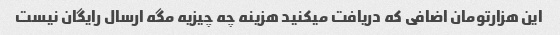
این هزارتومان اضافی که دریافت میکنید هزینه چه چیزیه مگه ارسال رایگان نیست